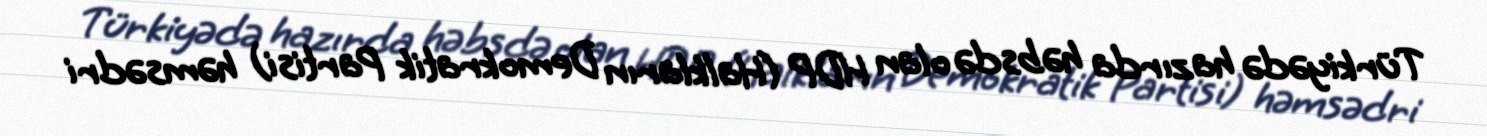
Türkiyədə hazırda həbsdə olan HDP (Halkların Demokratik Partisi) həmsədri